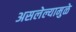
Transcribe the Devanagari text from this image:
असलेल्यामुळे